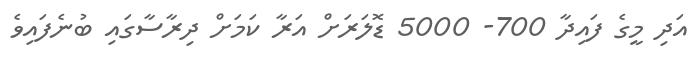
އަދި މީގެ ފައިދާ 700- 5000 ޑޮލަރަށް އަރާ ކަމަށް ދިރާސާގައި ބުނެފައިވެ